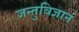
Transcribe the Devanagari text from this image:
जन्तुविज्ञान